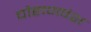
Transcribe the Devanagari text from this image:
चौहाणवंश